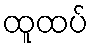
ထူထပ်